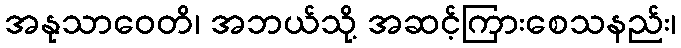
အနုသာဝေတိ၊ အဘယ်သို့ အဆင့်ကြားစေသနည်း၊